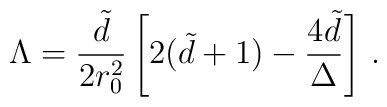
\Lambda = {\tilde d \over 2r_0^2} \left[ 2(\tilde d+1)-{4\tilde d \over \Delta}\right] \, .